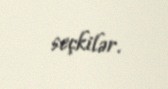
seçkilər.